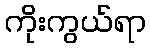
ကိုးကွယ်ရာ